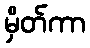
မှိတ်ကာ